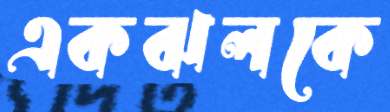
একঝলকে